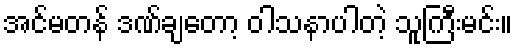
အင်မတန် ဒဏ်ချတော့ ဝါသနာပါတဲ့ သူကြီးမင်း။